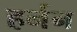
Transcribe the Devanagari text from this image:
हर्नन